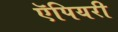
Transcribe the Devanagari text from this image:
ऍपियरी